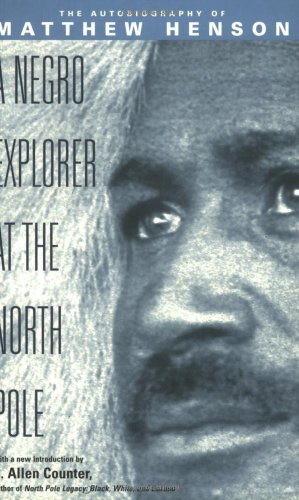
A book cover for A Negro Explorer at the North Pole: The Autobiography of Matthew Henson; Matthew Henson; Travel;